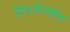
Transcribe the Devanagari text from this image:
टिएमेस्सेन